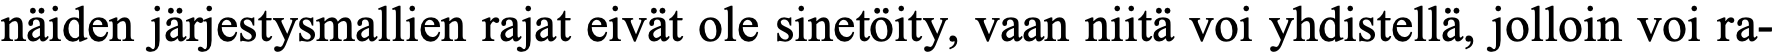
näiden järjestysmallien rajat eivät ole sinetöity, vaan niitä voi yhdistellä, jolloin voi ra-